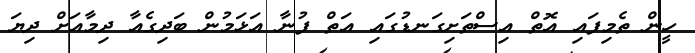
ހީން ތެމިފައި އޮތް އިސްތަށިގަނޑުގައި އަތް ފުނާ އަޅަމުން ބަދިގެއާ ދިމާއަށް ދިޔަ